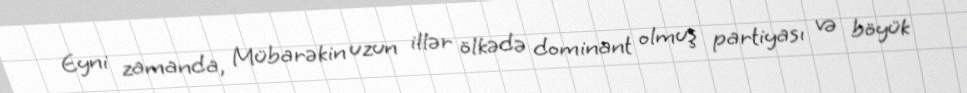
Eyni zamanda, Mübarəkin uzun illər ölkədə dominant olmuş partiyası və böyük